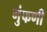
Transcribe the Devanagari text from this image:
गुंफणी